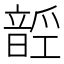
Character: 𱂑